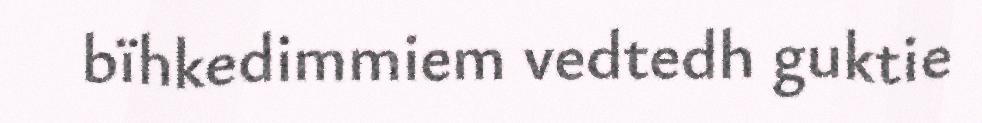
bïhkedimmiem vedtedh guktie